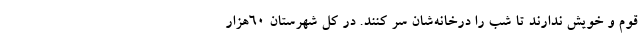
قوم و خویش ندارند تا شب را درخانه‌شان سر کنند. در کل شهرستان 60هزار